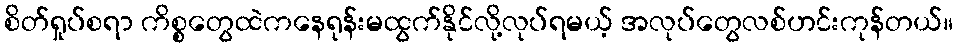
စိတ်ရှုပ်စရာ ကိစ္စတွေထဲကနေရုန်းမထွက်နိုင်လို့လုပ်ရမယ့် အလုပ်တွေလစ်ဟင်းကုန်တယ်။